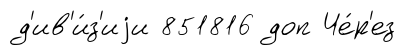
д'ив'и́з'иjи 851816 доп Че́р'ез